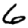
Digit: 6